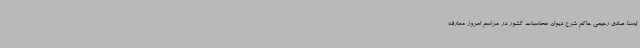
ایسنا، صادق رحیمی حاکم شرع دیوان محاسبات کشور در مراسم امروز معارفه